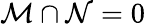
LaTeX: {\cal M}\cap{\cal N}=0